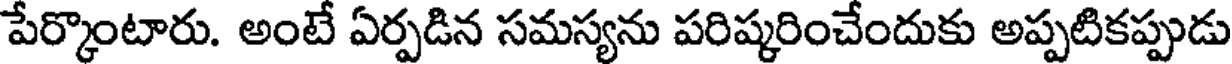
పేర్కొంటారు. అంటే ఏర్పడిన సమస్యను పరిష్కరించేందుకు అప్పటికప్పుడు